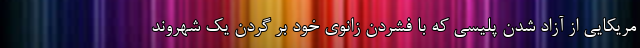
مریکایی از آزاد شدن پلیسی که با فشردن زانوی خود بر گردن یک شهروند